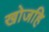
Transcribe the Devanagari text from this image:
खोजहि